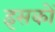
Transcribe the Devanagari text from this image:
इसकों